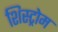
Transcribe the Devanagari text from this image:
शिस्ट्रोम